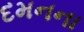
દમનના